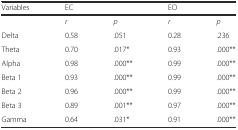
<table><thead><tr><td><b>Variables</b></td><td colspan="2"><b>EC</b></td><td colspan="2"><b>EO</b></td></tr></thead><tbody><tr><td></td><td><i>r</i></td><td><i>p</i></td><td><i>r</i></td><td><i>p</i></td></tr><tr><td>Delta</td><td>0.58</td><td>.051</td><td>0.28</td><td>.236</td></tr><tr><td>Theta</td><td>0.70</td><td>.017*</td><td>0.93</td><td>.000**</td></tr><tr><td>Alpha</td><td>0.98</td><td>.000**</td><td>0.99</td><td>.000**</td></tr><tr><td>Beta 1</td><td>0.93</td><td>.000**</td><td>0.99</td><td>.000**</td></tr><tr><td>Beta 2</td><td>0.96</td><td>.000**</td><td>0.99</td><td>.000**</td></tr><tr><td>Beta 3</td><td>0.89</td><td>.001**</td><td>0.97</td><td>.000**</td></tr><tr><td>Gamma</td><td>0.64</td><td>.031*</td><td>0.91</td><td>.000**</td></tr></tbody></table>